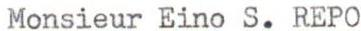
Monsieur Eino S. REPO